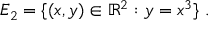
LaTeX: E _ { 2 } = \{ ( x , y ) \in \mathbb { R } ^ { 2 } : y = x ^ { 3 } \} \ .